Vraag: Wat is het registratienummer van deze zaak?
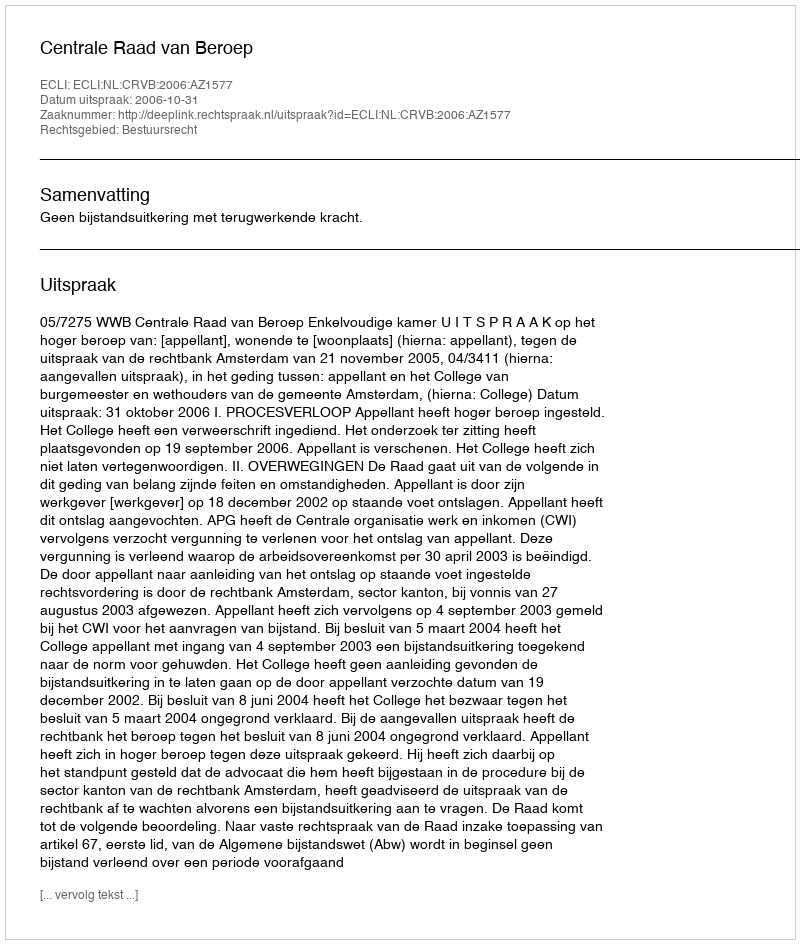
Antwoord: http://deeplink.rechtspraak.nl/uitspraak?id=ECLI:NL:CRVB:2006:AZ1577